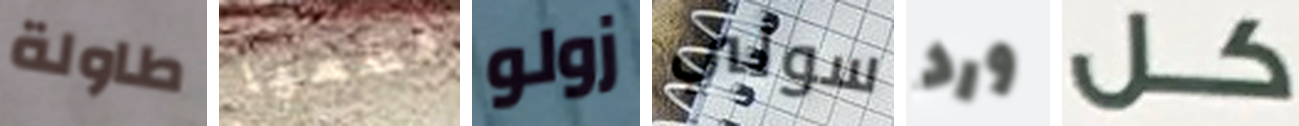
طاولة قطعها زولو سولي ورد كل